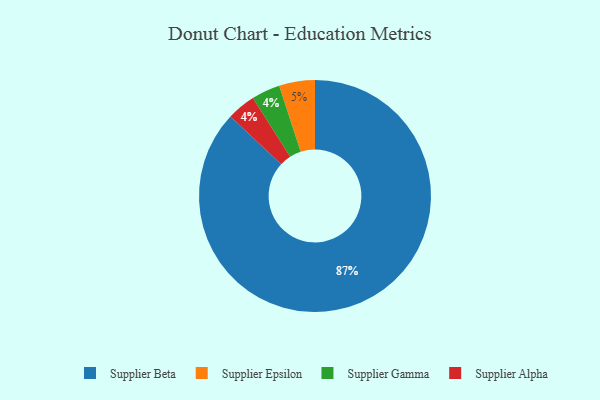
{"axis": {"x": "Category", "y": "Percentage"}, "legend": ["Supplier Alpha", "Supplier Beta", "Supplier Epsilon", "Supplier Gamma"], "data": [{"x": "Supplier Epsilon", "y": 5, "type": "Supplier Epsilon"}, {"x": "Supplier Gamma", "y": 4, "type": "Supplier Gamma"}, {"x": "Supplier Alpha", "y": 4, "type": "Supplier Alpha"}, {"x": "Supplier Beta", "y": 87, "type": "Supplier Beta"}]}